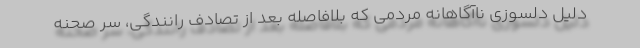
دلیل دلسوزی ناآگاهانه مردمی که بلافاصله بعد از تصادف رانندگی، سر صحنه